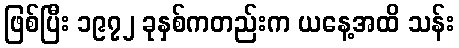
ဖြစ်ပြီး ၁၉၇၂ ခုနှစ်ကတည်းက ယနေ့အထိ သန်း